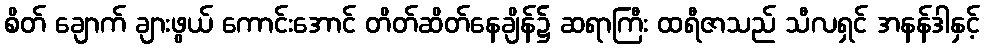
စိတ် ချောက် ချားဖွယ် ကောင်းအောင် တိတ်ဆိတ်နေချိန်၌ ဆရာကြီး ထရီဇာသည် သီလရှင် အနန်ဒါနှင့်